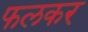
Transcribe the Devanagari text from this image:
फलकर